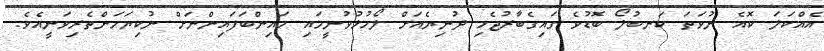
އެއްކަލަ ކޮއެ ނުވަތަ ކަނބުލޯ ބޮޑުވެ ގައިގެބާރުޖެހި ދުނިޔެއަށް ލޯހުޅުވުނީމައި މައިންބަފައިންނަށް ނުކިޔަމަންތެރިވަނީއެވެ.